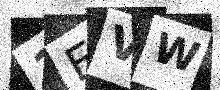
Text: 1EVW